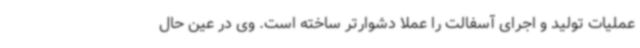
عملیات تولید و اجرای آسفالت را عملا دشوارتر ساخته است. وی در عین حال